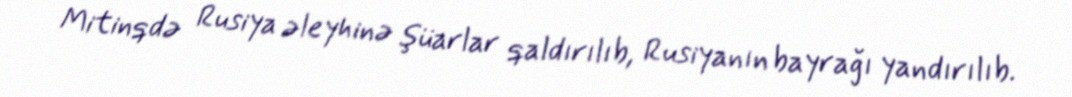
Mitinqdə Rusiya əleyhinə şüarlar qaldırılıb, Rusiyanın bayrağı yandırılıb.